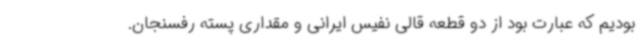
بودیم که عبارت بود از دو قطعه قالی نفیس ایرانی و مقداری پسته رفسنجان.